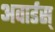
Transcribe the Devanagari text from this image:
अवार्डस्